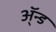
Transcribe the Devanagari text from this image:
ॲ्न्ड